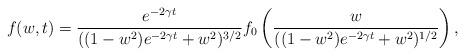
LaTeX: \begin{align*}f(w,t)=\frac{e^{-2\gamma t}}{((1-w^2)e^{-2\gamma t}+w^2)^{3/2}}f_0\left(\frac{w}{((1-w^2)e^{-2\gamma t}+w^2)^{1/2}}\right),\end{align*}